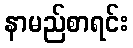
နာမည်စာရင်း